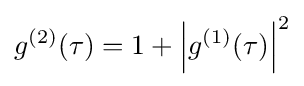
g^{(2)}(\tau )=1+\left|g^{(1)}(\tau )\right|^{2}